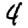
Digit: 4